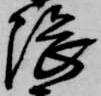
隈